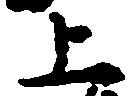
上